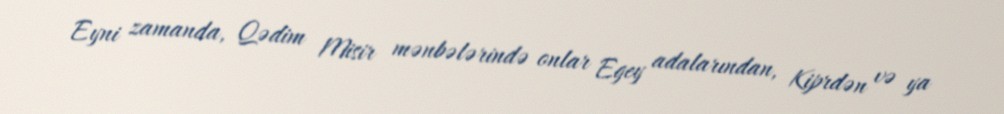
Eyni zamanda, Qədim Misir mənbələrində onlar Egey adalarından, Kiprdən və ya